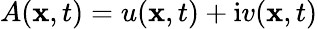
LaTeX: A(\mathbf{x},t)=u(\mathbf{x},t)+\mathrm{{{i}}}v(\mathbf{x},t)